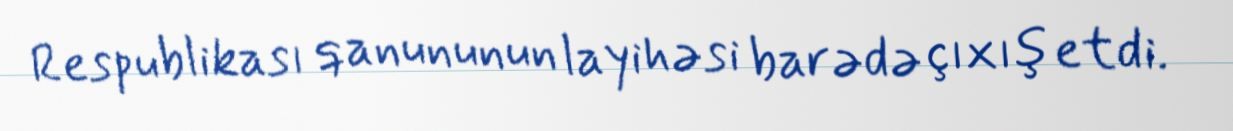
Respublikası qanununun layihəsi barədə çıxış etdi.